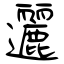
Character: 邐